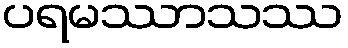
ပရမဿာသဿ